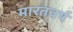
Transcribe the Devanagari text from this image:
मारतवर्ष